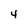
Character: 4